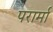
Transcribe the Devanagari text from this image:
परार्मा